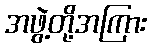
အဖွဲ့တို့အကြား